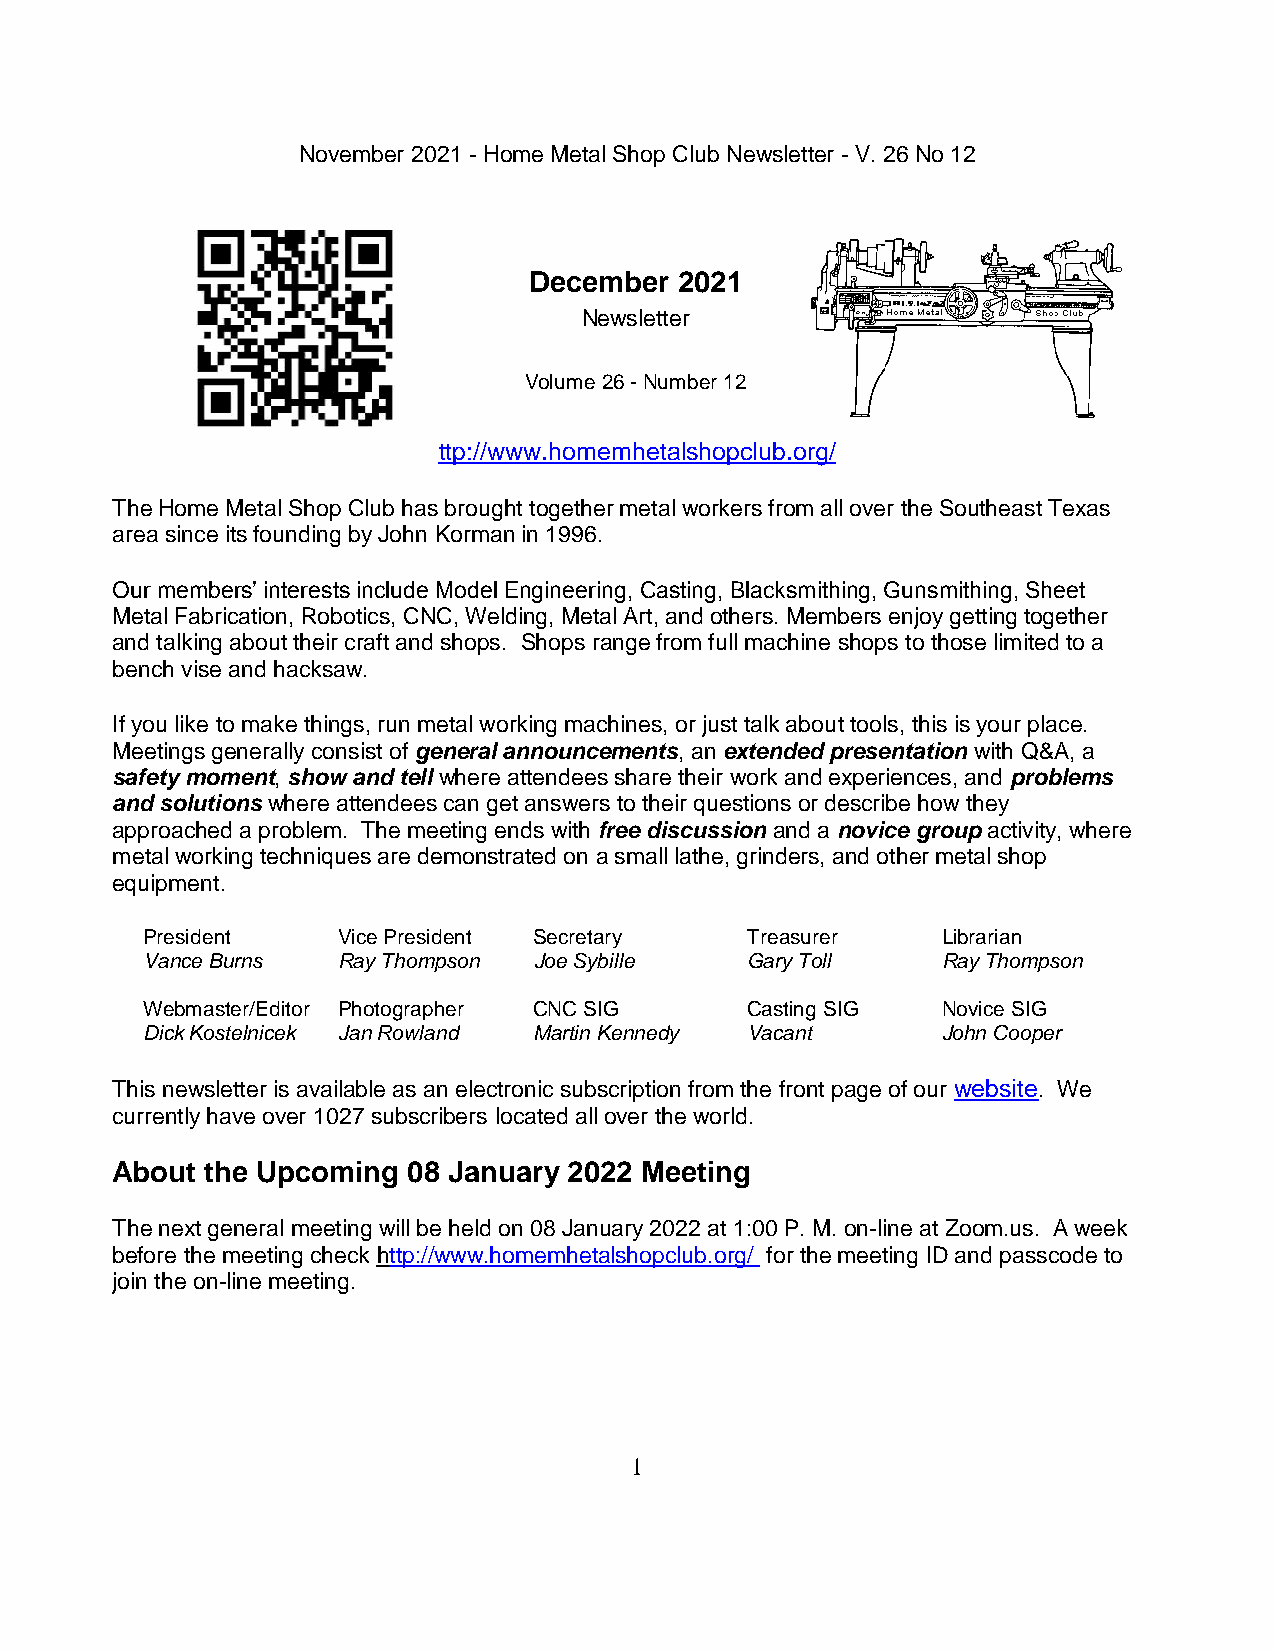
November 2021 - Home Metal Shop Club Newsletter - V. 26 No 12
 December  2021
 Newsletter
 Volume 26 - Number 12
 ttp://www.homemhetalshopclub.org/
 The Home Metal Shop Club has brought together metal workers from all over the Southeast Texas
 area since its founding by John Korman in 1996.
 Our members’ interests include Model Engineering, Casting, Blacksmithing, Gunsmithing, Sheet
 Metal Fabrication, Robotics, CNC, Welding, Metal Art, and others. Members enjoy getting together
 and talking about their craft and shops. Shops range from full machine shops to those limited to a
 bench vise and hacksaw.
 If you like to make things, run metal working machines, or just talk about tools, this is your place.
 Meetings generally consist of general announcements, an extended presentation with Q&A, a
 safety moment, show and tell where attendees share their work and experiences, and problems
 and solutions where attendees can get answers to their questions or describe how they
 approached a problem. The meeting ends with free discussion and a novice group activity, where
 metal working techniques are demonstrated on a small lathe, grinders, and other metal shop
 equipment.
 President    Vice President Secretary   Treasurer    Librarian
 Vance Burns  Ray Thompson Joe Sybille   Gary Toll    Ray Thompson
 Webmaster/Editor Photographer CNC SIG   Casting SIG  Novice SIG
 Dick Kostelnicek Jan Rowland Martin Kennedy Vacant   John Cooper
 This newsletter is available as an electronic subscription from the front page of our website. We
 currently have over 1027 subscribers located all over the world.
 About  the Upcoming 08 January 2022 Meeting
 The next general meeting will be held on 08 January 2022 at 1:00 P. M. on-line at Zoom.us. A week
 before the meeting check http://www.homemhetalshopclub.org/ for the meeting ID and passcode to
 join the on-line meeting.
 1